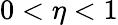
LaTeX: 0<\eta<1